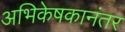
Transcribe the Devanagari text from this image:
अभिकेषकानंतर